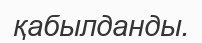
қабылданды.